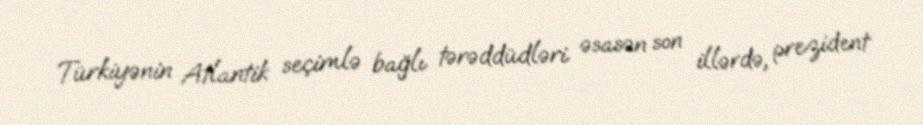
Türkiyənin Atlantik seçimlə bağlı tərəddüdləri əsasən son illərdə, prezident